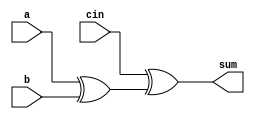
/*********************************************************/

module adder1(a, b, cin, sum);

	input a, b, cin;
	output sum;
	wire w1, w2;

	xor xor1(w1, 	a, 	b);
	xor xor2(sum, 	cin, 	w1);
	
endmodule

/*********************************************************/

module adder5(x, y, cin, sum);

	input [4:0] x, y;
	input cin;
	output [4:0] sum;
	wire [4:0] p, g;
	wire cout;
	
	wire [4:0] c;
	
	// calculate p, g
	genvar i;
	generate
		for(i=0; i<5; i=i+1) begin: loop1
			
			and and1(g[i], x[i], y[i]);
			or  or1(p[i], x[i], y[i]);
			
		end
	endgenerate
	
	// calculate c1
	wire c1_1;
	
	and andc1_1(c1_1, cin, p[0]);
	or  orc1(c[1], c1_1, g[0]);

	// calculate c2
	wire c2_1, c2_2;
	
	and andc2_1(c2_1,  cin, p[0], p[1]);
	and andc2_2(c2_2, g[0], p[1]);
	or	  orc2(c[2], c2_1, c2_2, g[1]);
	
	// calculate c3
	wire c3_1, c3_2, c3_3;
	
	and andc3_1(c3_1,  cin, p[0], p[1], p[2]);
	and andc3_2(c3_2, g[0], p[1], p[2]);
	and andc3_3(c3_3, g[1], p[2]);
	or   orc3(c[3], c3_1, c3_2, c3_3, g[2]);
	
	// calculate c4
	wire c4_1, c4_2, c4_3, c4_4;
	
	and andc4_1(c4_1,  cin, p[0], p[1], p[2], p[3]);
	and andc4_2(c4_2, g[0], p[1], p[2], p[3]);
	and andc4_3(c4_3, g[1], p[2], p[3]);
	and andc4_4(c4_4, g[2], p[3]);
	or   orc4(c[4], c4_1, c4_2, c4_3, c4_4, g[3]);
	
	// calculate c5
	wire c5_1, c5_2, c5_3, c5_4, c5_5;
	
	and andc5_1(c5_1,  cin, p[0], p[1], p[2], p[3], p[4]);
	and andc5_2(c5_2, g[0], p[1], p[2], p[3], p[4]);
	and andc5_3(c5_3, g[1], p[2], p[3], p[4]);
	and andc5_4(c5_4, g[2], p[3], p[4]);
	and andc5_5(c5_5, g[3], p[4]);
	or   orc5(cout, c5_1, c5_2, c5_3, c5_4, c5_5, g[4]);
	
	
		// set carry input & output
	assign c[0] = cin;
	
	generate
		
		for(i=0; i<5; i=i+1) begin: loop2
		
			adder1 myadder1(x[i], y[i], c[i], sum[i]);
		
		end
	
	endgenerate
	
endmodule

/*********************************************************/

module adder6(x, y, cin, sum);

	input [5:0] x, y;
	input cin;
	output [5:0] sum;
	wire [5:0] p, g;
	wire cout;
	
	wire [5:0] c;
	
	// calculate p, g
	genvar i;
	generate
		for(i=0; i<6; i=i+1) begin: loop1
			
			and and1(g[i], x[i], y[i]);
			or  or1(p[i], x[i], y[i]);
			
		end
	endgenerate
	
	// calculate c1
	wire c1_1;
	
	and andc1_1(c1_1, cin, p[0]);
	or  orc1(c[1], c1_1, g[0]);

	// calculate c2
	wire c2_1, c2_2;
	
	and andc2_1(c2_1,  cin, p[0], p[1]);
	and andc2_2(c2_2, g[0], p[1]);
	or	  orc2(c[2], c2_1, c2_2, g[1]);
	
	// calculate c3
	wire c3_1, c3_2, c3_3;
	
	and andc3_1(c3_1,  cin, p[0], p[1], p[2]);
	and andc3_2(c3_2, g[0], p[1], p[2]);
	and andc3_3(c3_3, g[1], p[2]);
	or   orc3(c[3], c3_1, c3_2, c3_3, g[2]);
	
	// calculate c4
	wire c4_1, c4_2, c4_3, c4_4;
	
	and andc4_1(c4_1,  cin, p[0], p[1], p[2], p[3]);
	and andc4_2(c4_2, g[0], p[1], p[2], p[3]);
	and andc4_3(c4_3, g[1], p[2], p[3]);
	and andc4_4(c4_4, g[2], p[3]);
	or   orc4(c[4], c4_1, c4_2, c4_3, c4_4, g[3]);
	
	// calculate c5
	wire c5_1, c5_2, c5_3, c5_4, c5_5;
	
	and andc5_1(c5_1,  cin, p[0], p[1], p[2], p[3], p[4]);
	and andc5_2(c5_2, g[0], p[1], p[2], p[3], p[4]);
	and andc5_3(c5_3, g[1], p[2], p[3], p[4]);
	and andc5_4(c5_4, g[2], p[3], p[4]);
	and andc5_5(c5_5, g[3], p[4]);
	or   orc5(c[5], c5_1, c5_2, c5_3, c5_4, c5_5, g[4]);
	
	// calculate c6
	wire c6_1, c6_2, c6_3, c6_4, c6_5, c6_6;
	
	and andc6_1(c6_1,  cin, p[0], p[1], p[2], p[3], p[4], p[5]);
	and andc6_2(c6_2, g[0], p[1], p[2], p[3], p[4], p[5]);
	and andc6_3(c6_3, g[1], p[2], p[3], p[4], p[5]);
	and andc6_4(c6_4, g[2], p[3], p[4], p[5]);
	and andc6_5(c6_5, g[3], p[4], p[5]);
	and andc6_6(c6_6, g[4], p[5]);
	or   orc6(cout, c6_1, c6_2, c6_3, c6_4, c6_5, c6_6, g[5]);
	
	
	// set carry input & output
	assign c[0] = cin;
	
	generate
		
		for(i=0; i<6; i=i+1) begin: loop2
		
			adder1 myadder1(x[i], y[i], c[i], sum[i]);
		
		end
	
	endgenerate

endmodule

/*********************************************************/

module adder8(x, y, cin, sum, P0, G0);

	input [7:0] x, y;
	input cin;
	output [7:0] sum;
	wire [7:0] p, g;
	wire cout;
	
	output P0, G0;
	
	wire [7:0] c;
	
	// calculate p, g
	genvar i;
	generate
		for(i=0; i<8; i=i+1) begin: loop1
			
			and and1(g[i], x[i], y[i]);
			or  or1(p[i], x[i], y[i]);
			
		end
	endgenerate
	
	wire G0_0, G0_1, G0_2, G0_3, G0_4, G0_5, G0_6;
	
	and andP0  (P0,   p[0], p[1], p[2], p[3], p[4], p[5], p[6], p[7]);
	and andG0_0(G0_0, p[1], p[2], p[3], p[4], p[5], p[6], p[7], g[0]);
	and andG0_1(G0_1, p[2], p[3], p[4], p[5], p[6], p[7], g[1]);
	and andG0_2(G0_2, p[3], p[4], p[5], p[6], p[7], g[2]);
	and andG0_3(G0_3, p[4], p[5], p[6], p[7], g[3]);
	and andG0_4(G0_4, p[5], p[6], p[7], g[4]);
	and andG0_5(G0_5, p[6], p[7], g[5]);
	and andG0_6(G0_6, p[7], g[6]);
	or  orG0(G0, g[7], G0_0, G0_1, G0_2, G0_3, G0_4, G0_5, G0_6);
	
	
	
	// calculate c1
	wire c1_1;
	
	and andc1_1(c1_1, cin, p[0]);
	or  orc1(c[1], c1_1, g[0]);

	// calculate c2
	wire c2_1, c2_2;
	
	and andc2_1(c2_1,  cin, p[0], p[1]);
	and andc2_2(c2_2, g[0], p[1]);
	or	  orc2(c[2], c2_1, c2_2, g[1]);
	
	// calculate c3
	wire c3_1, c3_2, c3_3;
	
	and andc3_1(c3_1,  cin, p[0], p[1], p[2]);
	and andc3_2(c3_2, g[0], p[1], p[2]);
	and andc3_3(c3_3, g[1], p[2]);
	or   orc3(c[3], c3_1, c3_2, c3_3, g[2]);
	
	// calculate c4
	wire c4_1, c4_2, c4_3, c4_4;
	
	and andc4_1(c4_1,  cin, p[0], p[1], p[2], p[3]);
	and andc4_2(c4_2, g[0], p[1], p[2], p[3]);
	and andc4_3(c4_3, g[1], p[2], p[3]);
	and andc4_4(c4_4, g[2], p[3]);
	or   orc4(c[4], c4_1, c4_2, c4_3, c4_4, g[3]);
	
	// calculate c5
	wire c5_1, c5_2, c5_3, c5_4, c5_5;
	
	and andc5_1(c5_1,  cin, p[0], p[1], p[2], p[3], p[4]);
	and andc5_2(c5_2, g[0], p[1], p[2], p[3], p[4]);
	and andc5_3(c5_3, g[1], p[2], p[3], p[4]);
	and andc5_4(c5_4, g[2], p[3], p[4]);
	and andc5_5(c5_5, g[3], p[4]);
	or   orc5(c[5], c5_1, c5_2, c5_3, c5_4, c5_5, g[4]);
	
	// calculate c6
	wire c6_1, c6_2, c6_3, c6_4, c6_5, c6_6;
	
	and andc6_1(c6_1,  cin, p[0], p[1], p[2], p[3], p[4], p[5]);
	and andc6_2(c6_2, g[0], p[1], p[2], p[3], p[4], p[5]);
	and andc6_3(c6_3, g[1], p[2], p[3], p[4], p[5]);
	and andc6_4(c6_4, g[2], p[3], p[4], p[5]);
	and andc6_5(c6_5, g[3], p[4], p[5]);
	and andc6_6(c6_6, g[4], p[5]);
	or   orc6(c[6], c6_1, c6_2, c6_3, c6_4, c6_5, c6_6, g[5]);
	
	// calculate c7
	wire c7_1, c7_2, c7_3, c7_4, c7_5, c7_6, c7_7;
	
	and andc7_1(c7_1,  cin, p[0], p[1], p[2], p[3], p[4], p[5], p[6]);
	and andc7_2(c7_2, g[0], p[1], p[2], p[3], p[4], p[5], p[6]);
	and andc7_3(c7_3, g[1], p[2], p[3], p[4], p[5], p[6]);
	and andc7_4(c7_4, g[2], p[3], p[4], p[5], p[6]);
	and andc7_5(c7_5, g[3], p[4], p[5], p[6]);
	and andc7_6(c7_6, g[4], p[5], p[6]);
	and andc7_7(c7_7, g[5], p[6]);
	or   orc7(c[7], c7_1, c7_2, c7_3, c7_4, c7_5, c7_6, c7_7, g[6]);
	
	// calculate c8
	wire c8_1, c8_2, c8_3, c8_4, c8_5, c8_6, c8_7, c8_8;
	
	and andc8_1(c8_1,  cin, p[0], p[1], p[2], p[3], p[4], p[5], p[6], p[7]);
	and andc8_2(c8_2, g[0], p[1], p[2], p[3], p[4], p[5], p[6], p[7]);
	and andc8_3(c8_3, g[1], p[2], p[3], p[4], p[5], p[6], p[7]);
	and andc8_4(c8_4, g[2], p[3], p[4], p[5], p[6], p[7]);
	and andc8_5(c8_5, g[3], p[4], p[5], p[6], p[7]);
	and andc8_6(c8_6, g[4], p[5], p[6], p[7]);
	and andc8_7(c8_7, g[5], p[6], p[7]);
	and andc8_8(c8_8, g[6], p[7]);
	or   orc8(cout, c8_1, c8_2, c8_3, c8_4, c8_5, c8_6, c8_7, c8_8, g[7]);
	
	
	// set carry input & output
	assign c[0] = cin;
	
	generate
		
		for(i=0; i<8; i=i+1) begin: loop2
		
			adder1 myadder1(x[i], y[i], c[i], sum[i]);
		
		end
	
	endgenerate

endmodule

/*********************************************************/